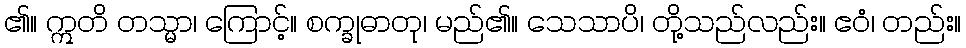
၏။ ဣတိ တသ္မာ၊ ကြောင့်။ စက္ခုဓာတု၊ မည်၏။ သေသာပိ၊ တို့သည်လည်း။ ဧဝံ၊ တည်း။